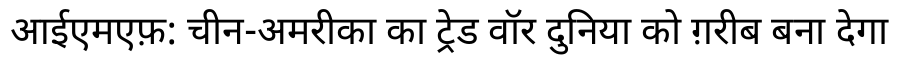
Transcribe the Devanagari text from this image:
आईएमएफ़: चीन-अमरीका का ट्रेड वॉर दुनिया को ग़रीब बना देगा